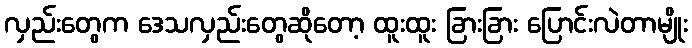
လှည်းတွေက ဒေသလှည်းတွေဆိုတော့ ထူးထူး ခြားခြား ပြောင်းလဲတာမျိုး